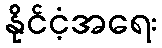
နိုင်ငံ့အရေး